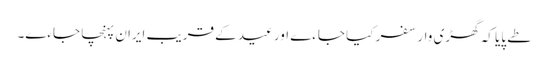
طے پایا کہ گھڑی وار سفر کیا جاءے اور عید کے قریب ایران پہنچا جاءے۔